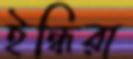
ইন্ধিরা